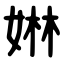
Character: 㛦